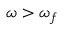
\omega > \omega _ { f }